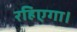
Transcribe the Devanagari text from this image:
रहिएगा।